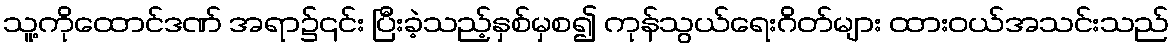
သူ့ကိုထောင်ဒဏ် အရာ၌၎င်း ပြီးခဲ့သည့်နှစ်မှစ၍ ကုန်သွယ်ရေးဂိတ်များ ထားဝယ်အသင်းသည်